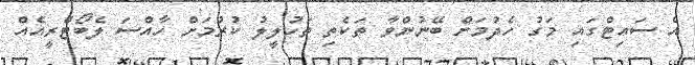
އެ ސައިޓްގައި މަގު ހެދުމަށް ބޭނުންވާ ތަކެތި ތަހުލީލު ކުރުމަށް ހާއްސަ ލެބޯޓްރީއެއް